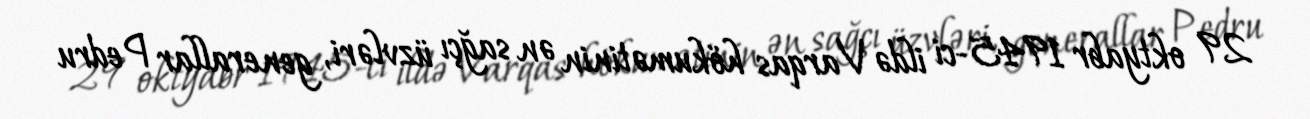
29 oktyabr 1945-ci ildə Varqas hökumətinin ən sağçı üzvləri, generallar Pedru